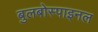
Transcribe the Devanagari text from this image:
बुलबोस्पाइनल